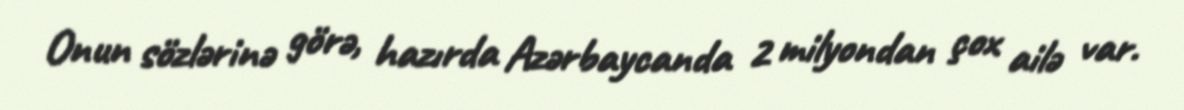
Onun sözlərinə görə, hazırda Azərbaycanda 2 milyondan çox ailə var.